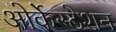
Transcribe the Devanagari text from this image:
ओर्केस्टेशन